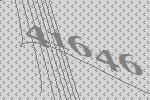
41646